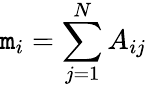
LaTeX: \mathtt{m}_{i}=\sum_{j=1}^{N}A_{ij}